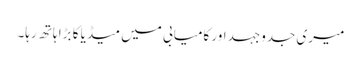
میری جدوجہد اور کامیابی میں میڈیا کا بڑا ہاتھ رہا۔